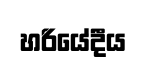
හරියේදීය